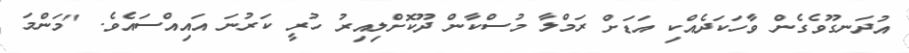
އުދަނގޫވެގެން ވާހަކަދެއްކި އަޑަށް ރަމްލާ މުސްކާން ދޫކޮށްލިއިރު ހުރީ ކަރުނަ އައިއްސައެވެ. "މަންމަ